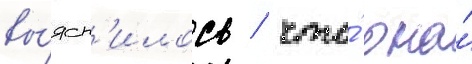
вы́ясн'илось / что́ она́